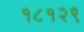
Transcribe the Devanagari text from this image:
१८१२९